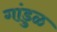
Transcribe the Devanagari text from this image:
गांडुळ